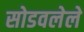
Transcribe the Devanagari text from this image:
सोडवलेले